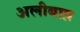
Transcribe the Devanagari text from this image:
अलीबाग़